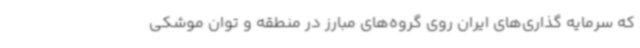
که سرمایه گذاری‌های ایران روی گروه‌های مبارز در منطقه و توان موشکی